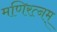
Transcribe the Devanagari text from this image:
मणिरत्‍नम्